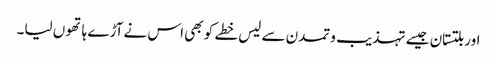
اور بلتستان جیسے تہذیب و تمدن سے لیس خطے کو بھی اس نے آڑے ہاتھوں لیا۔